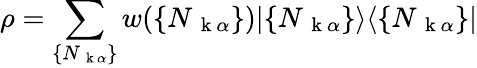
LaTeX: \rho=\sum_{\{ N_{\mathrm{~\mathbf~k~}\alpha}\} }w(\{ N_{\mathrm{~\mathbf~k~}\alpha}\} )|\{ N_{\mathrm{~\mathbf~k~}\alpha}\} \rangle\langle\{ N_{\mathrm{~\mathbf~k~}\alpha}\} |